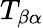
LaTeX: {T_{\beta\alpha}}